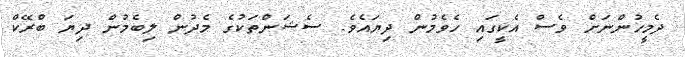
ދެމީހުންނަށް ވެސް އެކީގައި ހެވެމުން ދިޔައެވެ. ސެޝަންތަކުގެ މެދުން ލިބެމުން ދިޔަ ބްރޭކް